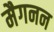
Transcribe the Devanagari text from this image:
मैगनन